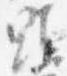
顕